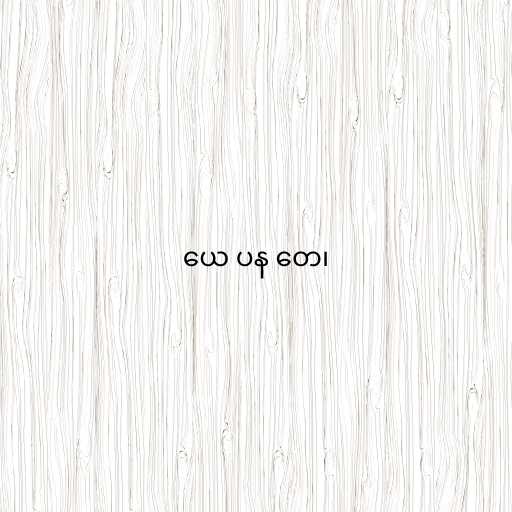
ယေ ပန တေ၊